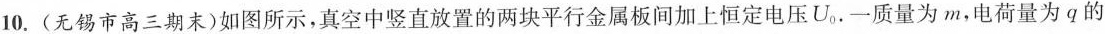
10.(无锡市高三期末)如图所示，真空中竖直放置的两块平行金属板间加上恒定电压U_{0}。一质量为m，电荷量为q的